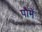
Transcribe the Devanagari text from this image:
पौमें